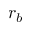
r _ { b }